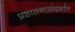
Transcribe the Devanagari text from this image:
प्रशासनासंदर्भात